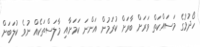
ހޯދުމުގެ މަސައްކަތް ވަރަށް ބާރަށް ކުރަމުން އަންނަ ކަމަށާއި މާލަސްތަކެއް ނުވެ ކުލަބަށް